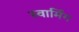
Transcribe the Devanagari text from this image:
स्वार्मिंग